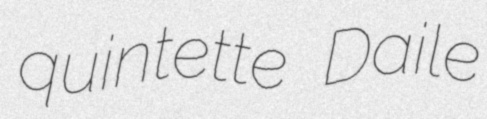
quintette Daile